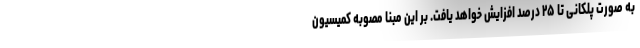
به صورت پلکانی تا ۲۵ درصد افزایش خواهد یافت. بر این مبنا مصوبه کمیسیون